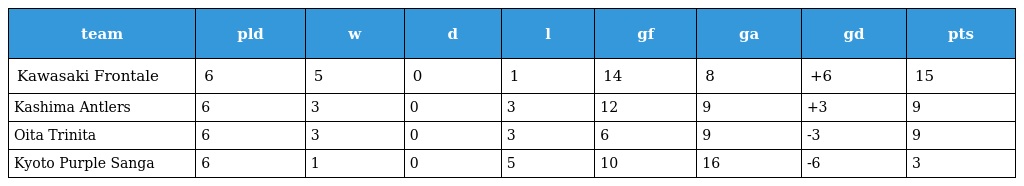
| team | pld | w | d | l | gf | ga | gd | pts |
 | --- | --- | --- | --- | --- | --- | --- | --- | --- |
 | Kawasaki Frontale | 6 | 5 | 0 | 1 | 14 | 8 | +6 | 15 |
 | Kashima Antlers | 6 | 3 | 0 | 3 | 12 | 9 | +3 | 9 |
 | Oita Trinita | 6 | 3 | 0 | 3 | 6 | 9 | -3 | 9 |
 | Kyoto Purple Sanga | 6 | 1 | 0 | 5 | 10 | 16 | -6 | 3 |